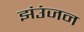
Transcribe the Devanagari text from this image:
झंउंजन